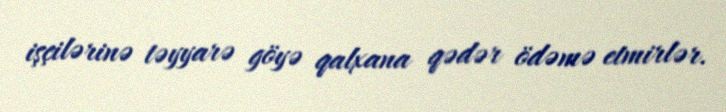
işçilərinə təyyarə göyə qalxana qədər ödəmə etmirlər.